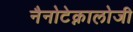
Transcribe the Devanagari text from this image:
नैनोटेक्नालोजी